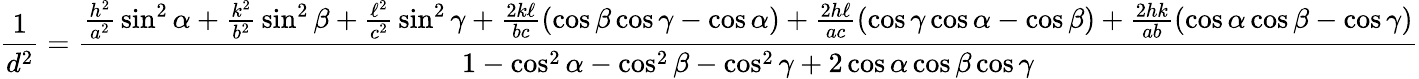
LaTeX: {\frac{1}{d^{2}}}={\frac{{\frac{h^{2}}{a^{2}}}\sin^{2}\alpha+{\frac{k^{2}}{b^{2}}}\sin^{2}\beta+{\frac{\ell^{2}}{c^{2}}}\sin^{2}\gamma+{\frac{2k\ell}{bc}}(\cos\beta\cos\gamma-\cos\alpha)+{\frac{2h\ell}{ac}}(\cos\gamma\cos\alpha-\cos\beta)+{\frac{2hk}{ab}}(\cos\alpha\cos\beta-\cos\gamma)}{1-\cos^{2}\alpha-\cos^{2}\beta-\cos^{2}\gamma+2\cos\alpha\cos\beta\cos\gamma}}